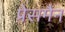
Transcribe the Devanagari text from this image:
प्रेसमैन